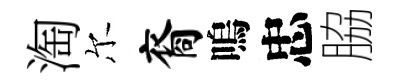
淘尔裔嗚忠脇